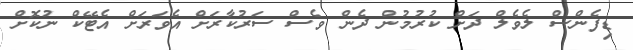
ޑިފެންސް ލެވެލް ދަށް ކުރުމުން ދެން ވެސް ސަރުކާރަށް އެވަރަށް އެޓޭކް ނުކޮށް